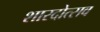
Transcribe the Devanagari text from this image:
शारदोत्सव